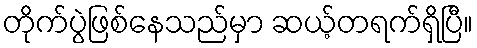
တိုက်ပွဲဖြစ်နေသည်မှာ ဆယ့်တရက်ရှိပြီ။